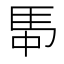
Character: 𮩸